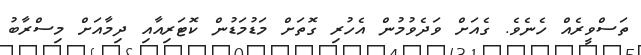
ތަސްވީރެއް ހެނެވެ. ގެއަށް ވަދެވުމުން އެހުރި ގޮތަށް މަޑުމަޑުން ކޮޓަރިއާއި ދިމާއަށް މިސްރާބު